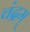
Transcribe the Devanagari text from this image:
चंद्रम्